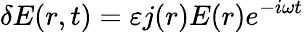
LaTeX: \delta E(r,t)=\varepsilon j(r)E(r)e^{-i\omega t}